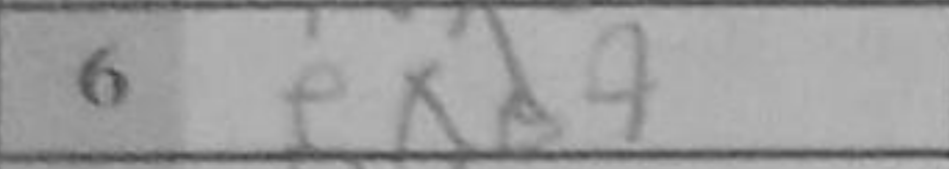
Transcription: exd4